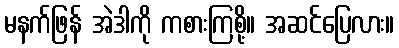
မနက်ဖြန် အဲဒါကို ကစားကြစို့။ အဆင်ပြေလား။